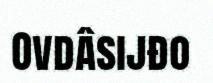
Ovdâsijđo